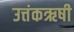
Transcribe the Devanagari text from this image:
उत्तंकऋषी